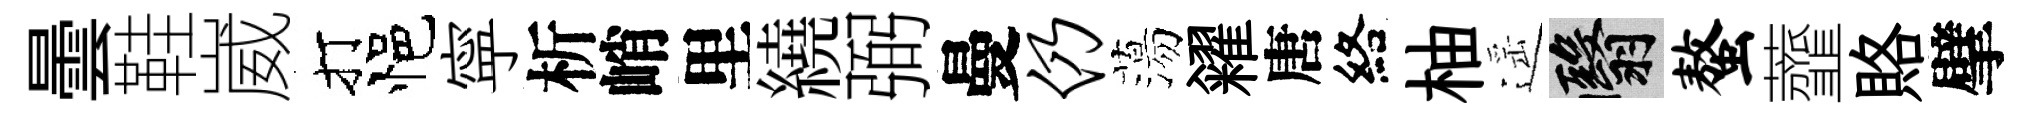
曇鞋崴打悒寜析峭里繞弼曼仍蕩糴唐絡柚遥翳螯虀賂擘